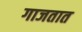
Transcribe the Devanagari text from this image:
गाजतात